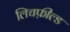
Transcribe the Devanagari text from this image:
लिचफ़ील्ड